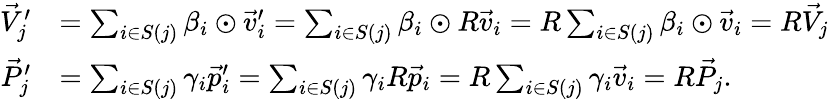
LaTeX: \begin{array}{rl}{\vec{V}_{j}^{\prime}}&{=\sum_{i\in S(j)}\beta_{i}\odot\vec{v}_{i}^{\prime}=\sum_{i\in S(j)}\beta_{i}\odot R\vec{v}_{i}=R\sum_{i\in S(j)}\beta_{i}\odot\vec{v}_{i}=R\vec{V}_{j}}\\ {\vec{P}_{j}^{\prime}}&{=\sum_{i\in S(j)}\gamma_{i}\vec{p}_{i}^{\prime}=\sum_{i\in S(j)}\gamma_{i}R\vec{p}_{i}=R\sum_{i\in S(j)}\gamma_{i}\vec{v}_{i}=R\vec{P}_{j}.}\end{array}